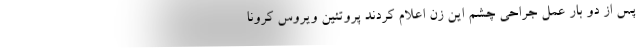
پس از دو بار عمل جراحی چشم این زن اعلام کردند پروتئین ویروس کرونا